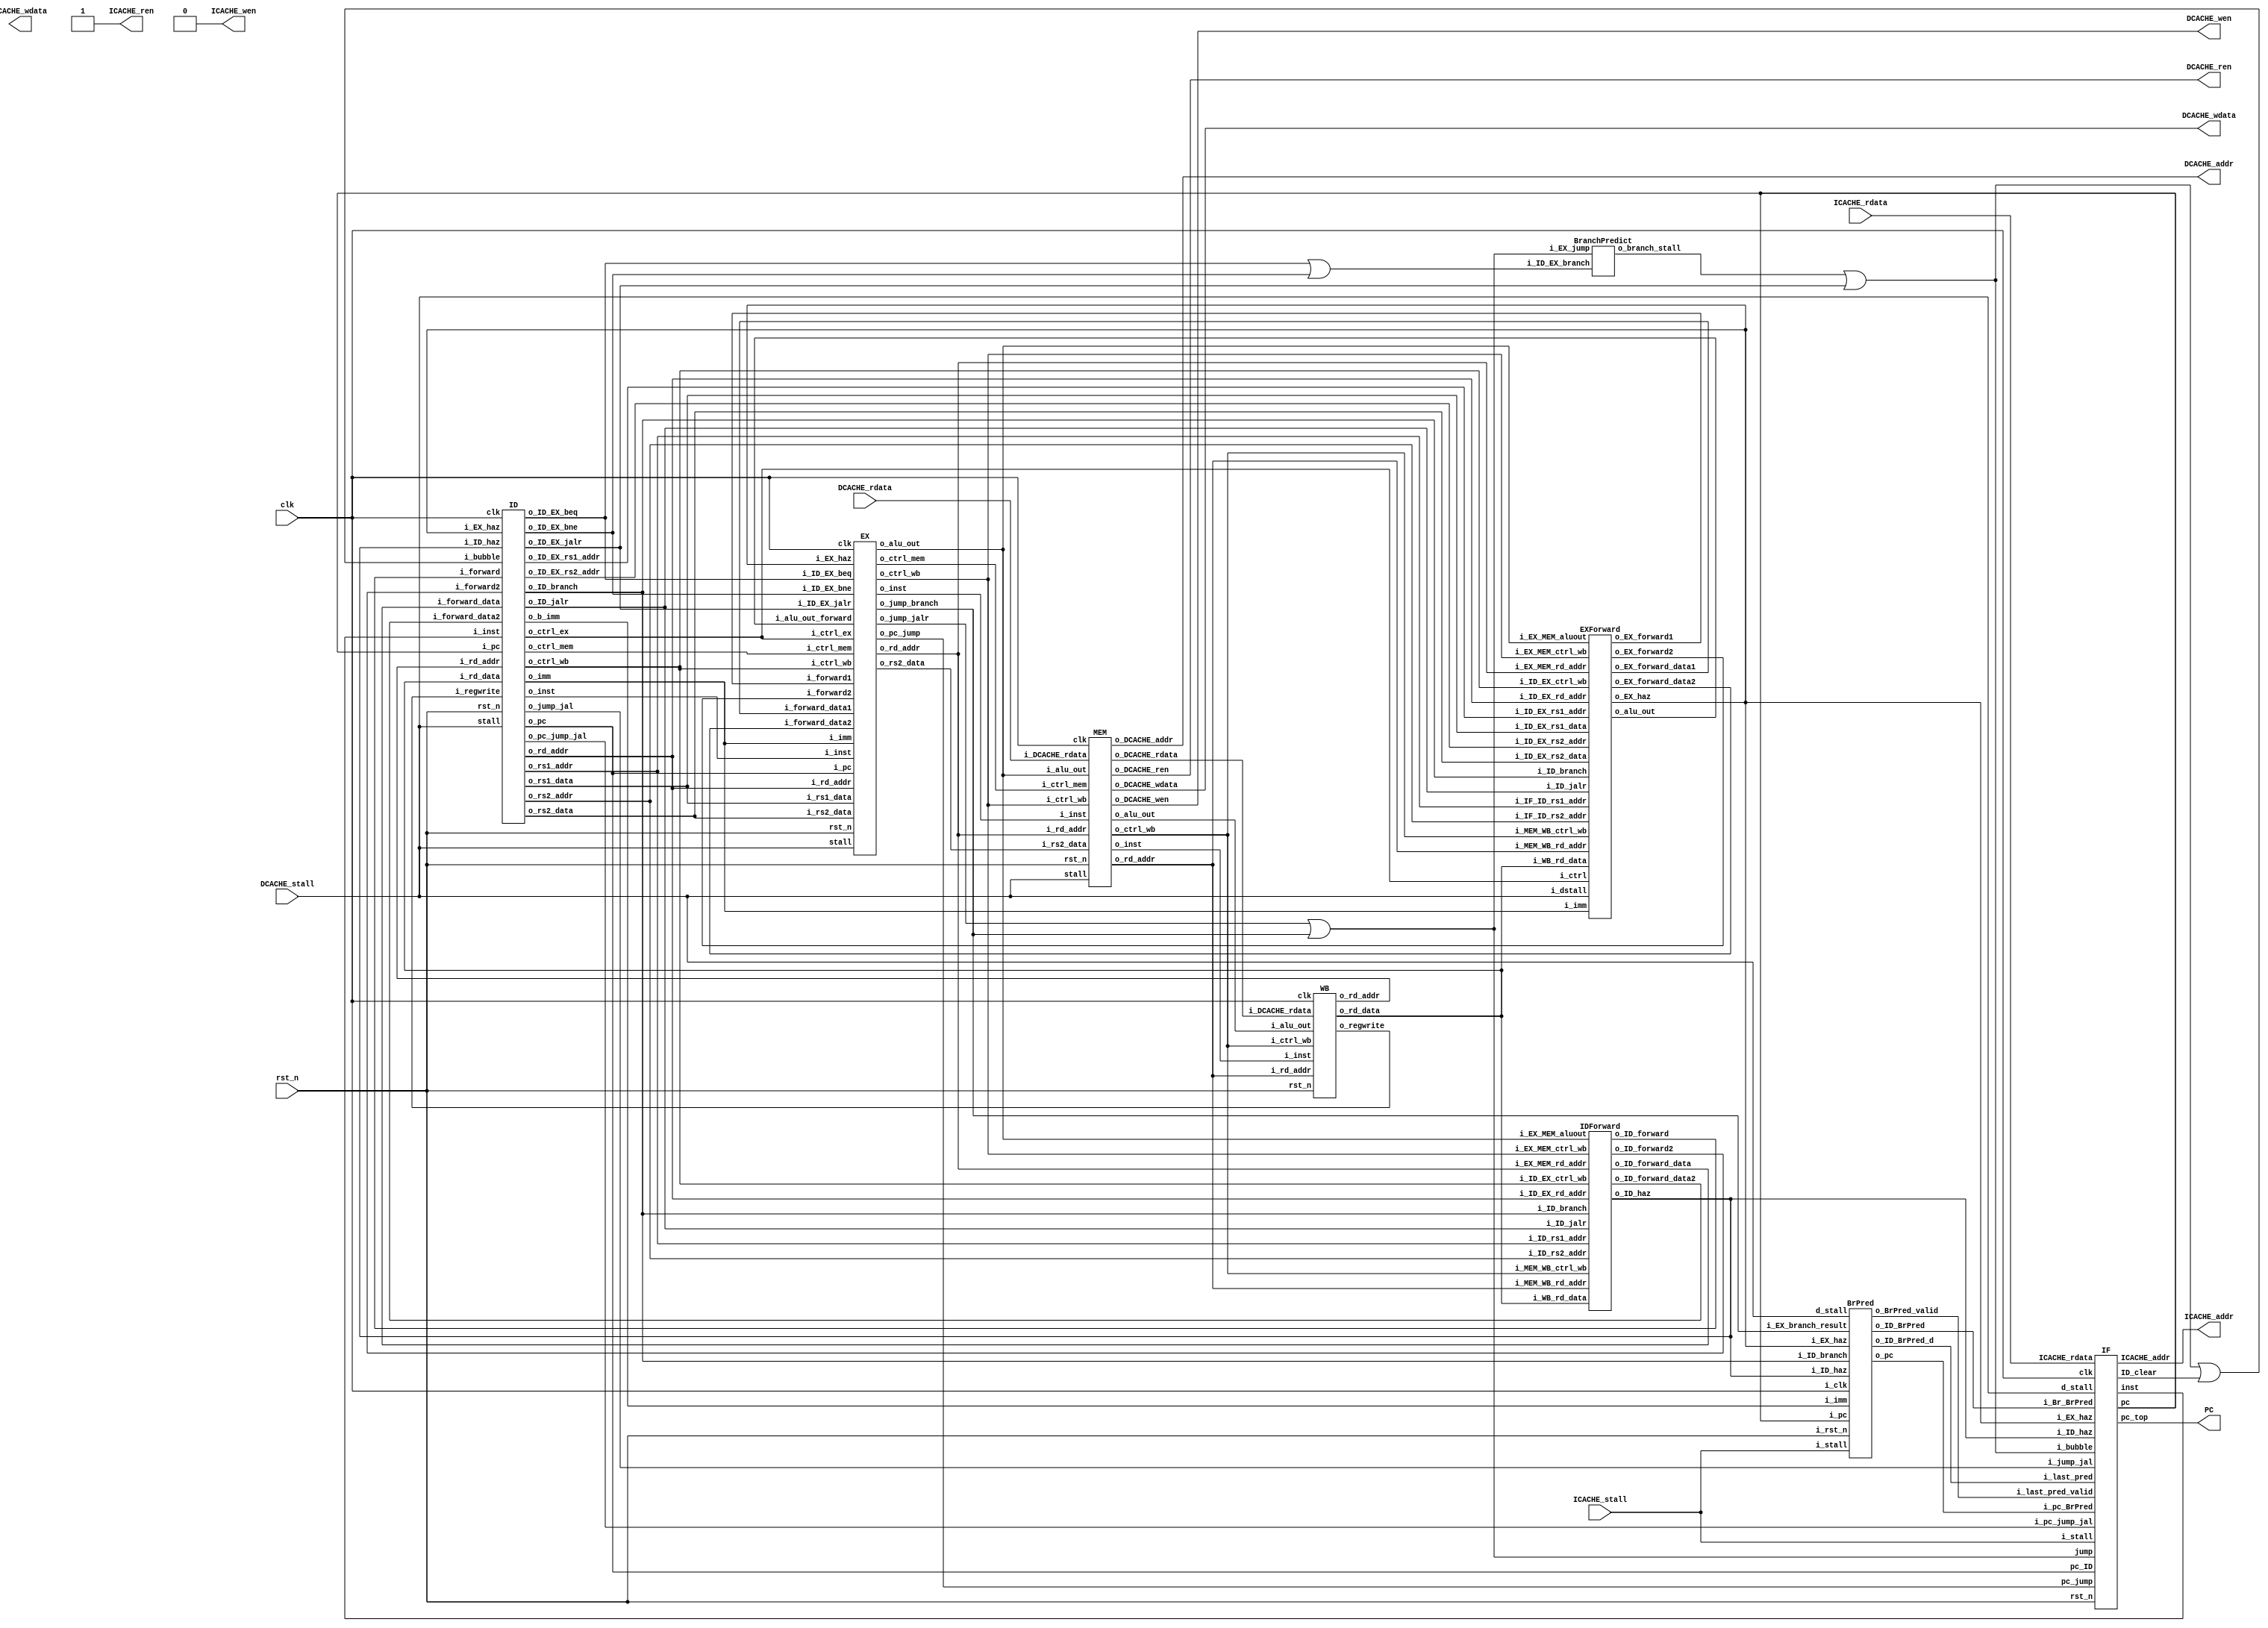
module RISCV_Pipeline (
		// control interface
		clk            ,
		rst_n          ,
//---------I cache interface-------		
		ICACHE_ren     ,
		ICACHE_wen     ,
		ICACHE_addr    ,
		ICACHE_wdata   ,
		ICACHE_stall   ,
		ICACHE_rdata   ,
//---------D cache interface-------
		DCACHE_ren     ,
		DCACHE_wen     ,
		DCACHE_addr    ,
		DCACHE_wdata   ,
		DCACHE_stall   ,
		DCACHE_rdata   ,
        PC
);

input         clk, rst_n ;
// for mem_D
output        DCACHE_wen  ;  // mem_wen_D is high, CHIP writes data to D-mem
output        DCACHE_ren  ;
input         DCACHE_stall;
output [29:0] DCACHE_addr ;  // the specific address to fetch/store data 
output [31:0] DCACHE_wdata;  // data writing to D-mem 
input  [31:0] DCACHE_rdata;  // data reading from D-mem
// for mem_I
output        ICACHE_wen  ;
output        ICACHE_ren  ;
input         ICACHE_stall;
output [29:0] ICACHE_addr ;
output [31:0] ICACHE_wdata;
input  [31:0] ICACHE_rdata;
output [31:0] PC;

assign ICACHE_ren = 1;
assign ICACHE_wen = 0;

//---------module instantiation and module wire definition-------
wire [31:0] pc_IF_ID,inst_IF_ID;
wire [31:0] pc_jump;
wire haz_ID;
//assign haz_ID = 0;
wire EX_haz;
wire branch_stall;
wire IDIF_bubble;
wire [31:0] pc_jump_jal;
wire jump_jal;
wire jump ;
//wire ID_EX_bubble;

// for branch predictor
// IF
// wire BrPred_Br_to_IF;
// wire [31:0] BrPred_pc_to_IF;
// ID, IF
wire [31:0] BrPred_b_imm, BrPred_pc;
// wire BrPred_isBranch;
wire BrPred_prediction;
// Back to IF
wire BrPred_last_pred_valid;
wire BrPred_last_pred;
// back to ID
wire BrPred_ID_bubble;

wire [31:0] pc_ID_EX; // 

// ID to Ex continue to work
// on if predict right & no branch

IF instfetch(
    .clk(clk),
    .rst_n(rst_n),
    .pc_jump(pc_jump), // for branch & jalr
    .ICACHE_addr(ICACHE_addr),
    .pc(pc_IF_ID),
    .inst(inst_IF_ID),
    .jump(jump),
    .ICACHE_rdata(ICACHE_rdata),
    .i_stall(ICACHE_stall),
    .d_stall(DCACHE_stall),
    .i_ID_haz(haz_ID),
    .i_EX_haz(EX_haz),
    .pc_top(PC),
    .i_bubble(IDIF_bubble),
    .i_pc_jump_jal(pc_jump_jal),
    .i_jump_jal(jump_jal),

    // .o_branch(BrPred_branch_from_IF),
    .i_pc_BrPred(BrPred_pc),
    .i_Br_BrPred(BrPred_prediction),
    .i_last_pred_valid(BrPred_last_pred_valid),
    .i_last_pred(BrPred_last_pred),
    // .i_pred_result(jump_branch),
    .pc_ID(pc_ID_EX),
    // .pc_ID(pc_IF_ID),
    .ID_clear(BrPred_ID_bubble)

);

// wire [31:0] pc_ID_EX; // move to front
wire [31:0] imm_ID_EX;
wire [31:0] rs1_ID_EX,rs2_ID_EX;
wire [4:0] rd_addr_WB_ID;
wire [31:0] rd_data_WB_ID;
wire [4:0] rd_ID_EX;
wire [1:0] ctrl_wb_EX_MEM,ctrl_wb_ID_EX,ctrl_wb_MEM_WB;
wire [1:0] ctrl_mem_EX_MEM,ctrl_mem_ID_EX;
wire [5:0] ctrl_ex_ID_EX;
wire [4:0] rs1_addr_ID,rs2_addr_ID;
wire [31:0] forward_data_ID,forward_data_ID2;
wire forward_ID,forward_ID2;
wire ID_jalr,ID_branch;
wire [4:0] ID_EX_rs1_addr,ID_EX_rs2_addr;
wire [31:0] inst_ID_EX,inst_EX_MEM,inst_MEM_WB;

wire ID_EX_branch; 
BranchPredict branchpre(
    .i_ID_EX_branch(ID_EX_branch),
    .i_EX_jump(jump),
    .o_branch_stall(branch_stall)
);

wire ID_EX_jalr;

ID instdec(
    .clk(clk),
    .rst_n(rst_n),
    .i_inst(inst_IF_ID),
    .i_pc(pc_IF_ID),
    .o_pc(pc_ID_EX),
    .o_imm(imm_ID_EX),
    .o_rs1_data(rs1_ID_EX),
    .o_rs2_data(rs2_ID_EX),
    .i_rd_addr(rd_addr_WB_ID),
    .i_rd_data(rd_data_WB_ID),
    .o_rd_addr(rd_ID_EX),
    .o_ctrl_wb(ctrl_wb_ID_EX),
    .o_ctrl_mem(ctrl_mem_ID_EX),
    .o_ctrl_ex(ctrl_ex_ID_EX),
    .i_regwrite(regwrite_WB_ID),
    //.o_jump(jump),
    //.o_pc_jump(pc_jump),
    .stall(DCACHE_stall),
    .o_rs1_addr(rs1_addr_ID),
    .o_rs2_addr(rs2_addr_ID),
    .i_ID_haz(haz_ID),
    .i_forward(forward_ID),
    .i_forward_data(forward_data_ID),
    .i_forward2(forward_ID2),
    .i_forward_data2(forward_data_ID2),
    .o_ID_jalr(ID_jalr),
    .o_ID_EX_rs1_addr(ID_EX_rs1_addr),
    .o_ID_EX_rs2_addr(ID_EX_rs2_addr),
    .i_EX_haz(EX_haz),
    .o_inst(inst_ID_EX),//debug
    .o_ID_branch(ID_branch),
    .i_bubble(IDIF_bubble||BrPred_ID_bubble),
    .o_ID_EX_beq(ID_EX_beq),
    .o_ID_EX_bne(ID_EX_bne),
    .o_ID_EX_jalr(ID_EX_jalr),
    .o_jump_jal(jump_jal),
    .o_pc_jump_jal(pc_jump_jal),
    //.o_ID_EX_bubble(ID_EX_bubble)

    .o_b_imm(BrPred_b_imm)
);

wire [4:0] rd_EX_MEM;
wire [31:0] alu_EX_MEM;
wire [31:0] rs2_EX_MEM;
wire EX_stall;
wire EX_forward1,EX_forward2;
wire [31:0] EX_forward_data1,EX_forward_data2;
wire [31:0] alu_out_forward;

EX exe(
    .clk(clk),
    .rst_n(rst_n),
    //from ID
    .i_pc(pc_ID_EX),
    .i_imm(imm_ID_EX),
    .i_rs1_data(rs1_ID_EX),
    .i_rs2_data(rs2_ID_EX),
    .i_rd_addr(rd_ID_EX),
    .i_ctrl_wb(ctrl_wb_ID_EX),
    .i_ctrl_mem(ctrl_mem_ID_EX),
    .i_ctrl_ex(ctrl_ex_ID_EX),
    //to MEM
    .o_ctrl_mem(ctrl_mem_EX_MEM),
    .o_ctrl_wb(ctrl_wb_EX_MEM),
    .o_rd_addr(rd_EX_MEM),
    .o_alu_out(alu_EX_MEM),
    .o_rs2_data(rs2_EX_MEM),
    .stall(DCACHE_stall),
    //from EXforward
    .i_forward_data1(EX_forward_data1),
    .i_forward_data2(EX_forward_data2),
    .i_forward1(EX_forward1),
    .i_forward2(EX_forward2),
    .i_EX_haz(EX_haz),
    .i_inst(inst_ID_EX),
    .o_inst(inst_EX_MEM),
    .i_ID_EX_beq(ID_EX_beq),
    .i_ID_EX_bne(ID_EX_bne),
    .i_ID_EX_jalr(ID_EX_jalr),
    .o_pc_jump(pc_jump),
    .o_jump_jalr(jump_jalr),
    .o_jump_branch(jump_branch),
    .i_alu_out_forward(alu_out_forward)
    //.i_ID_EX_bubble(ID_EX_bubble)
);
assign jump = (jump_jalr || jump_branch);

assign IDIF_bubble = (branch_stall || ID_EX_jalr);
assign ID_EX_branch = (ID_EX_beq || ID_EX_bne);
wire [4:0] rd_MEM_WB;
wire [31:0] alu_MEM_WB;
wire [31:0] mem_MEM_WB;
wire MEM_stall;
MEM mem0(
    .clk(clk),
    .rst_n(rst_n),
    //from EX
    .i_ctrl_mem(ctrl_mem_EX_MEM),
    .i_ctrl_wb(ctrl_wb_EX_MEM),
    .i_rd_addr(rd_EX_MEM),
    .i_alu_out(alu_EX_MEM),
    .i_rs2_data(rs2_EX_MEM),
    //to WB
    .o_ctrl_wb(ctrl_wb_MEM_WB),
    .o_rd_addr(rd_MEM_WB),
    .o_alu_out(alu_MEM_WB),
    .o_DCACHE_rdata(mem_MEM_WB),
    //D cache
    .o_DCACHE_wen(DCACHE_wen),
    .o_DCACHE_addr(DCACHE_addr),
    .o_DCACHE_wdata(DCACHE_wdata),
    .i_DCACHE_rdata(DCACHE_rdata),
    .o_DCACHE_ren(DCACHE_ren),
    .stall(DCACHE_stall),
    .i_inst(inst_EX_MEM),
    .o_inst(inst_MEM_WB)
);

WB writeback(
    .clk(clk),
    .rst_n(rst_n),
    //from MEM
    .i_ctrl_wb(ctrl_wb_MEM_WB),
    .i_rd_addr(rd_MEM_WB),
    .i_alu_out(alu_MEM_WB),
    .i_DCACHE_rdata(mem_MEM_WB),
    //to ID
    .o_regwrite(regwrite_WB_ID),
    .o_rd_addr(rd_addr_WB_ID),
    .o_rd_data(rd_data_WB_ID),
    .i_inst(inst_MEM_WB)
);

IDForward idforwd(
    .i_ID_EX_rd_addr(rd_ID_EX),
    .i_ID_EX_ctrl_wb(ctrl_wb_ID_EX),//{memtoreg,regwrite}
    .i_EX_MEM_aluout(alu_EX_MEM),
    .i_EX_MEM_rd_addr(rd_EX_MEM),
    .i_MEM_WB_rd_addr(rd_MEM_WB),
    .i_EX_MEM_ctrl_wb(ctrl_wb_EX_MEM),
    .i_MEM_WB_ctrl_wb(ctrl_wb_MEM_WB),
    .i_WB_rd_data(rd_data_WB_ID),
    .i_ID_rs1_addr(rs1_addr_ID),
    .i_ID_rs2_addr(rs2_addr_ID),
    .o_ID_forward_data(forward_data_ID), //use this data as rs1 if o_ID_forward = 1
    .o_ID_forward(forward_ID),
    .o_ID_forward2(forward_ID2),
    .o_ID_forward_data2(forward_data_ID2),
    .i_ID_jalr(ID_jalr),
    .i_ID_branch(ID_branch),
    .o_ID_haz(haz_ID)  // need to repeat in IF.ID, and add bubble to EX 
);

EXForward exforwd(
    .i_ID_EX_rs1_addr(ID_EX_rs1_addr),
    .i_ID_EX_rs2_addr(ID_EX_rs2_addr),
    .i_EX_MEM_rd_addr(rd_EX_MEM),
    .i_MEM_WB_rd_addr(rd_MEM_WB),
    .i_EX_MEM_ctrl_wb(ctrl_wb_EX_MEM),//{memtoreg,regwrite}
    .i_MEM_WB_ctrl_wb(ctrl_wb_MEM_WB),
    .i_EX_MEM_aluout(alu_EX_MEM),
    .i_WB_rd_data(rd_data_WB_ID),
    .o_EX_forward1(EX_forward1),
    .o_EX_forward2(EX_forward2),
    .o_EX_forward_data1(EX_forward_data1),
    .o_EX_forward_data2(EX_forward_data2),
    .o_EX_haz(EX_haz),
    .i_ID_EX_ctrl_wb(ctrl_wb_ID_EX),
    .i_ID_jalr(ID_jalr),
    .i_ID_branch(ID_branch),
    .i_ID_EX_rd_addr(rd_ID_EX),
    .i_IF_ID_rs1_addr(rs1_addr_ID),
    .i_IF_ID_rs2_addr(rs2_addr_ID),
    .i_dstall(DCACHE_stall),
    .i_ID_EX_rs1_data(rs1_ID_EX),
    .i_ID_EX_rs2_data(rs2_ID_EX),
    .i_ctrl(ctrl_ex_ID_EX),
    .i_imm(imm_ID_EX),
    .o_alu_out(alu_out_forward)
);

    BrPred brpred0(
        .i_clk(clk),
        .i_rst_n(rst_n),
        .i_stall(ICACHE_stall),
        .d_stall(DCACHE_stall),
        .i_ID_haz(haz_ID),
        .i_EX_haz(EX_haz),

        // .i_ID_inst_opcode(inst_IF_ID[6:0]),
        .i_ID_branch(ID_branch),
        .i_pc(pc_IF_ID),
        .i_imm(BrPred_b_imm),
        .o_pc(BrPred_pc),
        .o_ID_BrPred(BrPred_prediction),

        .i_EX_branch_result(jump_branch),
        .o_BrPred_valid(BrPred_last_pred_valid),
        .o_ID_BrPred_d(BrPred_last_pred)
    );
    
endmodule



module IF (
    clk,rst_n,pc_jump,ICACHE_addr,pc,inst,jump,ICACHE_rdata,i_stall,d_stall,
    i_ID_haz,i_EX_haz,pc_top,i_bubble,i_jump_jal,i_pc_jump_jal,
    
   /*  o_branch, */ i_pc_BrPred, i_Br_BrPred, 
    i_last_pred_valid, i_last_pred, /* i_pred_result, */
    pc_ID, ID_clear
);

input i_ID_haz;
input clk,rst_n;
input jump; //jump = 1 --> pc_w = pc_jump, from EX, jalr or branch
input [31:0] pc_jump; // jump location
output [29:0] ICACHE_addr;
output [31:0] pc; // pc : pc pass to next stage
input [31:0] ICACHE_rdata; //inst read from ICACHE
output [31:0] inst; // inst pass to next stage
input i_stall,d_stall;
input i_EX_haz;
output [31:0] pc_top;
input i_bubble;
input i_jump_jal;
input [31:0] i_pc_jump_jal;

// BrPred
// output o_branch; // no use
// assign o_branch = branch; // no use

input i_Br_BrPred;
input [31:0] i_pc_BrPred;
input i_last_pred_valid;
input i_last_pred;
// input i_pred_result; // replaced with jump (because ignore jalr)
reg bubble;
input [31:0] pc_ID;
output reg ID_clear;

// debug
integer pred_count_right, pred_count_wrong;
// integer counter;
// reg plus, zero;
initial begin
    pred_count_right = 0;
    pred_count_wrong = 0;
    // counter = 0;
end
// always @(posedge clk) begin
//     if (plus) begin
//         counter = counter + 1;
//     end
//     else if (zero) begin
//         counter = 0;
//     end
// end

//---------reg and wire definition-------
reg [31:0] inst_w,inst_r;
reg [31:0] pc_w,pc_r,pc_nxtstage;

//reg bubble;
//reg bubble_before;
reg jalr_before,jalr_2cycle;
reg jal_before;
//reg haz_before;

wire [6:0] opcode = inst_w[6:0];
wire [31:0] j_imm = {{12{inst_w[31]}},inst_w[19:12],inst_w[20],inst_w[30:25],inst_w[24:21],1'b0};
wire jal = (opcode ==  7'b1101111);
wire jalr = (opcode == 7'b1100111);
wire branch = (opcode == 7'b1100011);
//---------output assignment-------
assign inst = inst_r;
assign pc = pc_nxtstage;
assign ICACHE_addr = pc_r[31:2];
assign pc_top = pc_r;

//---------combinational circuit-------
wire [31:0] pc_notjump/* ,pc_plus */;
assign pc_notjump = pc_r + 4;
//pc_w
always @(*) begin
    bubble = 0;
    ID_clear = 0;

    // plus = 0;
    // zero = 0;
    
    if (i_last_pred_valid) begin // a prediction took place
        if (i_last_pred != jump) begin // wrong prediction
            pred_count_wrong = pred_count_wrong + 1;
            bubble = 1; // clear this inst;
            if (i_last_pred) begin // should not branch but branched
                pc_w = pc_ID + 4;
                // clear this inst;
            end
            else begin // should branch but haven't branched
                ID_clear = 1; // send signal to clear ID inst
                pc_w = pc_jump; // branch
                // clear this inst;
            end
        end
        else begin // right prediction
            pred_count_right = pred_count_right + 1;
            // if (jump) // jalr @ EX : impossible
            //     pc_w = pc_jump;
            /* else  */if (i_jump_jal) // jal @ ID
                pc_w = i_pc_jump_jal;
            // BrPres
            else if (i_Br_BrPred) begin // branch @ ID
                pc_w = i_pc_BrPred;
            end
            // ------
            else if(jalr_before || jalr || jal)begin // jalr @ ID or IF, jal @ IF
                pc_w = pc_r;
            end
            else begin
                pc_w = pc_notjump;
            end   
        end
    end
    else begin
        if (jump) // jalr @ EX
            pc_w = pc_jump;
        else if (i_jump_jal) // jal @ ID
            pc_w = i_pc_jump_jal;
        // BrPred
        else if (i_Br_BrPred) begin // branch @ ID
            pc_w = i_pc_BrPred;
        end
        // ------

        // else if (ICACHE_rdata[30:24] == 7'b1100011) begin // branch @ IF
        //     if (counter < 2) begin
        //         pc_w = pc_r;
        //         plus = 1;
        //     end
        //     else begin
        //         pc_w = pc_notjump;
        //         zero = 1;
        //     end
        //     // bubble = 1;
        // end
        
        else if(jalr_before || jalr || jal)begin // jalr @ ID or IF, jal @ IF
            pc_w = pc_r;
        end
        else begin
            pc_w = pc_notjump;
        end
    end

    // if (jump) 
    //     pc_w = pc_jump;
    // else if (i_jump_jal)
    //     pc_w = i_pc_jump_jal;
    // // BrPres
    // else if (i_Br_BrPred) begin
    //     pc_w = i_pc_BrPred;
    // end
    // // ------
    // else if(jalr_before || jalr || jal)begin
    //     pc_w = pc_r;
    // end
    // else begin
    //     pc_w = pc_notjump;
    // end
end
//inst_w
always @(*) begin
    //if (bubble || i_stall || (bubble_before && haz_before)) 
    if (i_stall || i_bubble || jal_before || bubble) 
        inst_w = 32'h13; //NOP
    else
        inst_w = {ICACHE_rdata[7:0],ICACHE_rdata[15:8],ICACHE_rdata[23:16],ICACHE_rdata[31:24]};
end
localparam NOP = 32'h13;
wire [31:0] ICACHE_rdata_modify = {ICACHE_rdata[7:0],ICACHE_rdata[15:8],ICACHE_rdata[23:16],ICACHE_rdata[31:24]};

//---------sequential circuit-------

reg jalr_before_w,jalr_2cycle_w,jal_before_w;
always @(*) begin
    if (i_ID_haz || i_EX_haz) begin
        jalr_before_w = jalr_before;
        jalr_2cycle_w = jalr_2cycle;
        jal_before_w = jal_before;
    end
    else begin
        jalr_before_w = jalr;
        jalr_2cycle_w = jalr_before;
        jal_before_w = jal;
    end
end

always @(posedge clk or negedge rst_n) begin
    if (!rst_n)begin
        jalr_before <= 0;
        jalr_2cycle <=0;
        jal_before <= 0;
    end
    else begin
        jalr_before <= jalr_before_w;
        jalr_2cycle <= jalr_2cycle_w;
        jal_before <= jal_before_w;
    end
end

reg [31:0] pc_w_verified;
reg [31:0] inst_w_verified;
reg [31:0] pc_nxtstage_w;

always @(*) begin
    if (i_ID_haz || i_EX_haz)begin
        inst_w_verified = inst_r;
        pc_w_verified = pc_r;
        pc_nxtstage_w = pc_nxtstage;
    end

    else if (i_stall || jalr)begin
        if (jump || i_Br_BrPred)
            pc_w_verified = pc_w;
        else 
            pc_w_verified = pc_r;
        inst_w_verified = inst_w;
        pc_nxtstage_w = pc_r;
    end
    else if (d_stall)begin
        pc_w_verified = pc_r;
        pc_nxtstage_w = pc_nxtstage; 
        inst_w_verified = inst_r;
    end
    else begin
        pc_w_verified = pc_w;
        pc_nxtstage_w = pc_r;
        inst_w_verified = inst_w;
    end
end

always @(posedge clk or negedge rst_n) begin
    if(!rst_n)begin
        pc_r <= 0;
        inst_r <= 0;
        pc_nxtstage <= 0;
    end
    else begin
        pc_r <= pc_w_verified;
        inst_r <= inst_w_verified;
        pc_nxtstage <= pc_nxtstage_w;
    end
end

// always @(posedge clk or negedge rst_n) begin
//     //bubble_before <= bubble;
//     //haz_before <= (i_ID_haz||i_EX_haz);
//     if (!rst_n) begin
//         pc_r <= 0;
//     end
//     else begin
//         if (i_ID_haz || i_EX_haz)begin
//             inst_r <= inst_r;
//             pc_r <= pc_r;
//             pc_nxtstage <= pc_nxtstage;
//         end

//         else if (i_stall || jalr)begin
//             if (jump)
//                 pc_r <= pc_w;
//             else 
//                 pc_r <= pc_r;
//             inst_r <= inst_w;
//             pc_nxtstage <= pc_r;
//         end
//         else if (d_stall)begin
//             pc_r <= pc_r;
//             inst_r <= inst_r;
//             pc_nxtstage <= pc_nxtstage; 
//         end
//         else begin
//             pc_r <= pc_w;
//             pc_nxtstage <= pc_r;
//             inst_r <= inst_w;
//         end
//     end
// end

endmodule

module BrPred (
    //  IF  branch
    //  ID 
    input i_clk,
    input i_rst_n,
    input i_stall,
    input d_stall,
    input i_ID_haz,
    input i_EX_haz,
    
    // input [6:0] i_ID_inst_opcode, 
        // @ IF? ID?
        // ID 
    input i_ID_branch,
    input [31:0] i_pc,
    input [31:0] i_imm,
    output reg [31:0] o_pc,

    input i_EX_branch_result,
    output reg o_ID_BrPred,
    output o_ID_BrPred_d,
    output o_BrPred_valid

);
    localparam opcode_branch = 7'b1100011;
    reg [1:0] state_w, state_r; 
    localparam S_NO_STRONG = 0;
    localparam S_NO_WEAK = 1;
    localparam S_BR_WEAK = 2;
    localparam S_BR_STRONG = 3;

    reg update_enable_w, update_enable_r;
    assign o_BrPred_valid = update_enable_r;

    reg ID_BrPred_d_w, ID_BrPred_d_r;
    assign o_ID_BrPred_d = ID_BrPred_d_r;
    
    // prediction
    always @(*) begin
        o_ID_BrPred = 0;
        ID_BrPred_d_w = 0;

        o_pc = i_pc + i_imm;
        update_enable_w = 0;

        // if (i_stall || jalr)begin
            // IF 
            // IF stall inst & PC 
                //  branch
        // end        
        /* else */ 
        // if (d_stall || i_ID_haz || i_EX_haz) begin
        //     ID_BrPred_d_w = ID_BrPred_d_r;
        //     update_enable_w = update_enable_r;
        // end

        /* else */ if (i_ID_branch /* i_ID_inst_opcode == opcode_branch */) begin
            if ((state_r <= S_NO_WEAK)) begin
                o_ID_BrPred = 0;
                ID_BrPred_d_w = 0;
            end
            else begin
                o_ID_BrPred = 1;
                ID_BrPred_d_w = 1;
            end

            update_enable_w = 1;
        end
    end

    // update
    always @(*) begin
        state_w = state_r;

        // if (d_stall || i_ID_haz || i_EX_haz) begin
        //     state_w = state_r;
        // end

        if (update_enable_r) begin
            if ((state_r != S_BR_STRONG) && i_EX_branch_result)  begin
                state_w = state_r + 1;
            end
            else if ((state_r != S_NO_STRONG) && ~i_EX_branch_result) begin
                state_w = state_r - 1;
            end
        end
    end

    
    always @(posedge i_clk) begin
        if (!i_rst_n)begin
            state_r <= S_BR_WEAK; // guess
            update_enable_r <= 0;
            ID_BrPred_d_r <= 0;
        end
        else begin
            
            state_r <= state_w;
            update_enable_r <= update_enable_w;
            ID_BrPred_d_r <= ID_BrPred_d_w;
        end
        
    end
    
endmodule

module ID (
    clk,
    rst_n,
    //from ID
    i_inst,
    i_pc,
    //to EX
    o_pc,
    o_imm,
    o_rs1_data,
    o_rs2_data,
    //from WB
    i_rd_addr,
    i_rd_data,
    //to EX
    o_rd_addr,
    o_ctrl_wb,
    o_ctrl_mem,
    o_ctrl_ex,
    //from WB ctrl
    i_regwrite,
    //to IF stage
    o_jump,
    o_pc_jump,
    //stall
    stall,
    // to jalrforward
    o_rs1_addr,
    o_rs2_addr,
    o_ID_jalr,
    o_ID_branch,
    //from jalrforward
    i_ID_haz,
    i_forward,
    i_forward_data,
    i_forward2,
    i_forward_data2,
    //to EXforward
    o_ID_EX_rs1_addr,
    o_ID_EX_rs2_addr,
    //from EXforward
    i_EX_haz,
    o_inst,
    o_ID_EX_beq,
    o_ID_EX_bne,
    o_ID_EX_jalr,
    i_bubble,
    o_jump_jal,
    o_pc_jump_jal,
    //o_ID_EX_bubble

    o_b_imm
);
input clk;
input rst_n;
input [31:0] i_inst;
input [31:0] i_pc;
output reg [31:0] o_pc;
output reg [31:0] o_imm;
output reg [31:0] o_rs1_data,o_rs2_data;
input [4:0] i_rd_addr;
input [31:0] i_rd_data;
output reg [4:0] o_rd_addr;
output reg [1:0] o_ctrl_wb; //{memtoreg,regwrite} for next state
output reg [1:0] o_ctrl_mem; //{memwrite} for next state
output reg [5:0] o_ctrl_ex; //{alupc,aluctrl[3:0],alusrc} for next state
input i_regwrite; // i_regwrite = 1 when need to write back
output reg o_jump; //=1 when pc_nxt = pc_jump
output [31:0] o_pc_jump;
input stall;
output [4:0] o_rs1_addr,o_rs2_addr;
input i_forward,i_forward2;
input [31:0] i_forward_data,i_forward_data2;
input i_ID_haz;
output  o_ID_jalr;
output reg [4:0] o_ID_EX_rs1_addr,o_ID_EX_rs2_addr;
input i_EX_haz;
output reg [31:0] o_inst;
output  o_ID_branch;
output reg o_ID_EX_beq,o_ID_EX_bne;
output reg o_ID_EX_jalr;
input i_bubble;
output reg o_jump_jal;
output reg [31:0] o_pc_jump_jal;
//output reg o_ID_EX_bubble;

output [31:0] o_b_imm;
//---------reg and wire definition-------


reg jal;      // this stage //not used now
reg jalr;     // this stage
reg branch;   // this stage
reg memtoreg; // wb stage
reg memwrite; // mem stage
reg memread;  // mem stage
reg alusrc;   // ex stage
reg alupc;    // ex stage, alupc = 1 when jal or jalr(write pc+4 to reg)
reg regwrite; // wb stage
reg rs_equal; // this stage
reg [3:0] aluctrl; //ex stage

wire [31:0] i_imm,s_imm,b_imm,j_imm;
reg [31:0] imm_w;
wire [6:0] opcode ;
wire [2:0] funct3;
wire [4:0] rd_addr;
wire [4:0] rs1,rs2; 
wire bubble = (i_ID_haz || i_EX_haz || i_bubble);
wire [1:0] ctrl_wb_w = (i_ID_haz || i_EX_haz || i_bubble)? 0 : {memtoreg,regwrite};
wire [1:0] ctrl_mem_w = (i_ID_haz || i_EX_haz || i_bubble)? 0 : {memread,memwrite};
wire [5:0] ctrl_ex_w = (i_ID_haz || i_EX_haz || i_bubble)? 0 : {alupc,aluctrl,alusrc};
wire [31:0] rs1_data,rs2_data;

reg [31:0] rs1_data_revised,rs2_data_revised;

reg_file reg0(
                .clk  (clk) , 
                .rst_n(rst_n) , 
                .wen  (i_regwrite) , 
                .a1   (rs1) , 
                .a2   (rs2) , 
                .aw   (i_rd_addr) , 
                .d    (i_rd_data) , 
                .q1   (rs1_data) , 
                .q2   (rs2_data) );

assign i_imm = {{21{i_inst[31]}},i_inst[30:25],i_inst[24:21],i_inst[20]};
assign s_imm = {{21{i_inst[31]}},i_inst[30:25],i_inst[11:8],i_inst[7]};
assign b_imm = {{20{i_inst[31]}},i_inst[7],i_inst[30:25],i_inst[11:8],1'b0};
assign j_imm = {{12{i_inst[31]}},i_inst[19:12],i_inst[20],i_inst[30:25],i_inst[24:21],1'b0};
//==========
assign o_b_imm = b_imm;
//==========

assign opcode = i_inst[6:0];
assign funct3 = i_inst[14:12];
assign rd_addr = i_inst[11:7];
assign rs1 = i_inst[19:15];
assign rs2 = i_inst[24:20];
assign o_rs1_addr = rs1;
assign o_rs2_addr = rs2;
assign o_ID_jalr = jalr;
assign o_ID_branch = branch;
//aluctrl param
localparam ALU_ADD = 4'b0000;
localparam ALU_SUB = 4'b0001;
localparam ALU_AND = 4'b0010;
localparam ALU_OR =  4'b0011;
localparam ALU_SLT = 4'b0100;
localparam ALU_XOR = 4'b0101;
localparam ALU_SLL = 4'b0110;
localparam ALU_SRA = 4'b0111;
localparam ALU_SRL = 4'b1000;

always @(*) begin
    if(i_forward)
        rs1_data_revised = i_forward_data;
    else if (i_rd_addr && i_rd_addr == rs1 && i_regwrite)
        rs1_data_revised = i_rd_data;
    else 
        rs1_data_revised = rs1_data;
end
always @(*) begin
    if(i_forward2)
        rs2_data_revised = i_forward_data2;
    else if (i_rd_addr && i_rd_addr == rs2 && i_regwrite)
        rs2_data_revised = i_rd_data;
    else
        rs2_data_revised = rs2_data;
end

//ctrl and imm
always @(*) begin
    jal = 0;
    jalr = 0;
    branch = 0;
    memtoreg = 0;
    memwrite = 0;
    alusrc = 0;
    regwrite = 0;
    memread = 0;
    alupc = 0;
    case (opcode)
        7'b0110011:begin//arith
            imm_w = i_imm;//dont care
            regwrite = 1;
        end 
        7'b0010011:begin //arith,i type
            imm_w = i_imm;
            alusrc = 1;
            regwrite = 1;
        end
        7'b0000011:begin//load
            imm_w = i_imm;
            alusrc = 1;
            memtoreg = 1;
            regwrite = 1;
            memread = 1;
        end
        7'b0100011:begin//store
            imm_w = s_imm;
            alusrc = 1;
            memwrite = 1;
        end
        7'b1100011:begin//branch
            imm_w = b_imm;
            branch = 1;
            alusrc = 1;
        end
        7'b1100111:begin//jalr
            imm_w = i_imm;
            jalr = 1;
            regwrite = 1;
            alupc = 1;
        end
        7'b1101111:begin//jal
            imm_w = j_imm;
            jal = 1;
            regwrite = 1;
            alupc = 1;
        end
        default: begin
            imm_w = 0;
        end
    endcase
end
always @(*) begin
    o_jump_jal = jal;
    o_pc_jump_jal = i_pc + imm_w;
end

//aluctrl
always @(*) begin
    case (opcode)
        7'b0000011:aluctrl = ALU_ADD; // load
        7'b0100011:aluctrl = ALU_ADD; // store
        7'b1100111:aluctrl = ALU_ADD; //jalr
        7'b1101111:aluctrl = ALU_ADD; //jal,dont care
        //7'b1100011:aluctrl = ALU_SUB; // branch,actually dont care
        default: begin //arith
            case (funct3)
                3'b000: aluctrl = (i_inst[30] && opcode[5])? ALU_SUB:ALU_ADD;
                3'b001: aluctrl = ALU_SLL;
                3'b010: aluctrl = ALU_SLT;
                3'b100: aluctrl = ALU_XOR;
                3'b101: aluctrl = (i_inst[30])? ALU_SRA : ALU_SRL;
                3'b110: aluctrl = ALU_OR;
                3'b111: aluctrl = ALU_AND;
                default: aluctrl = 0;
            endcase
        end
    endcase
end

reg [31:0] sum_pc_a;
//o_pc_jump
always @(*) begin
    if(jalr)begin
        sum_pc_a = rs1_data_revised;
    end
    else 
        sum_pc_a = i_pc;
end
assign o_pc_jump = sum_pc_a + imm_w;

//o_jump
always @(*) begin
    rs_equal = (rs1_data_revised == rs2_data_revised);
    o_jump = (jalr || (branch && (funct3[0] ^ rs_equal))  && !i_ID_haz); //funct3[0] : BEQ = 0, BNE = 1
end

reg [31:0] o_pc_w,o_imm_w,o_rs1_data_w,o_rs2_data_w;
reg [4:0] o_rd_addr_w;
reg [5:0] o_ctrl_ex_w;
reg [1:0] o_ctrl_mem_w;
reg [1:0] o_ctrl_wb_w;
reg [31:0] o_inst_w;
reg [4:0] o_ID_EX_rs1_addr_w,o_ID_EX_rs2_addr_w;
reg o_ID_EX_beq_w,o_ID_EX_bne_w;
reg o_ID_EX_jalr_w;
//reg o_ID_EX_bubble_w;

always @(*) begin
    if (stall)begin
        o_ID_EX_beq_w = o_ID_EX_beq;
        o_ID_EX_bne_w = o_ID_EX_bne;
        o_pc_w = o_pc;
        o_imm_w = o_imm;
        o_rs1_data_w = o_rs1_data;
        o_rs2_data_w = o_rs2_data;
        o_rd_addr_w = o_rd_addr;
        o_ctrl_wb_w = o_ctrl_wb;
        o_ctrl_ex_w = o_ctrl_ex;
        o_ctrl_mem_w = o_ctrl_mem;
        o_inst_w = o_inst;
        o_ID_EX_rs1_addr_w = o_ID_EX_rs1_addr;
        o_ID_EX_rs2_addr_w = o_ID_EX_rs2_addr;
        o_ID_EX_jalr_w = o_ID_EX_jalr;
        //o_ID_EX_bubble_w = o_ID_EX_bubble;
    end
    else begin
        o_pc_w = i_pc;
        o_imm_w = imm_w;
        o_rs1_data_w = rs1_data_revised;
        o_rs2_data_w = rs2_data_revised;
        o_rd_addr_w = rd_addr;
        o_ctrl_wb_w = ctrl_wb_w;
        o_ctrl_ex_w = ctrl_ex_w;
        o_ctrl_mem_w = ctrl_mem_w;
        //o_ID_EX_bubble_w = bubble;
        if (i_ID_haz || i_EX_haz || i_bubble) begin
            o_inst_w = 32'h13;
            o_ID_EX_jalr_w = 0;
            o_ID_EX_beq_w = 0;
            o_ID_EX_bne_w = 0;
        end
        else begin
            o_inst_w = i_inst;
            o_ID_EX_beq_w = (branch && !funct3[0]);
            o_ID_EX_bne_w = (branch &&  funct3[0]);
            o_ID_EX_jalr_w = jalr;
        end
        o_ID_EX_rs1_addr_w = rs1;
        o_ID_EX_rs2_addr_w = rs2;
    end
end

always @(posedge clk or negedge rst_n) begin
    if (!rst_n)begin
        o_pc <= 0;
        o_imm <= 0;
        o_rs1_data <= 0;
        o_rs2_data <= 0;
        o_rd_addr <= 0;
        o_ctrl_wb <= 0;
        o_ctrl_ex <= 0;
        o_ctrl_mem <= 0;
        o_inst <= 0;
        o_ID_EX_rs1_addr <= 0;
        o_ID_EX_rs2_addr <= 0;
        o_ID_EX_beq <= 0;
        o_ID_EX_bne <= 0;
        o_ID_EX_jalr <= 0;
        //o_ID_EX_bubble <= 0;
    end
    else begin
        o_pc <= o_pc_w;
        o_imm <= o_imm_w;
        o_rs1_data <= o_rs1_data_w;
        o_rs2_data <= o_rs2_data_w;
        o_rd_addr <= o_rd_addr_w;
        o_ctrl_wb <= o_ctrl_wb_w;
        o_ctrl_ex <= o_ctrl_ex_w;
        o_ctrl_mem <= o_ctrl_mem_w;
        o_inst <= o_inst_w;
        o_ID_EX_rs1_addr <= o_ID_EX_rs1_addr_w;
        o_ID_EX_rs2_addr <= o_ID_EX_rs2_addr_w;
        o_ID_EX_beq <= o_ID_EX_beq_w;
        o_ID_EX_bne <= o_ID_EX_bne_w;
        o_ID_EX_jalr <= o_ID_EX_jalr_w;
        //o_ID_EX_bubble <= o_ID_EX_bubble_w;
    end
end
    
endmodule


module EX (
    clk,
    rst_n,
    //from ID
    i_pc,
    i_imm,
    i_rs1_data,
    i_rs2_data,
    i_rd_addr,
    i_ctrl_wb,
    i_ctrl_mem,
    i_ctrl_ex,
    //to MEM
    o_ctrl_mem,
    o_ctrl_wb,
    o_rd_addr,
    o_alu_out,
    o_rs2_data,
    //stall
    stall,
    //from EXforward
    i_forward1,
    i_forward2,
    i_forward_data1,
    i_forward_data2,
    i_EX_haz,
    i_inst,
    o_inst,
    i_ID_EX_beq,
    i_ID_EX_bne,
    i_ID_EX_jalr,
    o_pc_jump,
    o_jump_jalr,
    o_jump_branch,
    i_alu_out_forward
    //i_ID_EX_bubble
);

input clk,rst_n;
input [31:0] i_pc;
input [31:0] i_imm;
input [31:0] i_rs1_data,i_rs2_data;
input [4:0] i_rd_addr;
input [5:0] i_ctrl_ex;
input [1:0] i_ctrl_mem;
input [1:0] i_ctrl_wb;
input stall;
input i_forward1,i_forward2;
input [31:0] i_forward_data1,i_forward_data2;
input i_EX_haz;
input [31:0] i_inst;
input i_ID_EX_beq,i_ID_EX_bne;
input i_ID_EX_jalr;
input [31:0] i_alu_out_forward;
//input i_ID_EX_bubble;

output reg [1:0] o_ctrl_mem;
output reg [1:0] o_ctrl_wb;
output reg [4:0] o_rd_addr;
output reg [31:0] o_rs2_data;
output reg [31:0] o_alu_out;
output reg [31:0] o_inst;
output reg [31:0] o_pc_jump;
output reg o_jump_jalr,o_jump_branch;

reg [31:0] alu_in2,alu_in1;
reg [31:0] alu_out;
wire alusrc = i_ctrl_ex[0];
wire alupc = i_ctrl_ex[5];
wire [3:0] aluctrl = i_ctrl_ex[4:1];

//ALU alu0(.in1(alu_in1),.in2(alu_in2),.out(alu_out),.ctrl(aluctrl));

reg [31:0] rs2_data_revised,rs1_data_revised;
always @(*) begin
    if(i_forward2)
        rs2_data_revised = i_forward_data2;
    else 
        rs2_data_revised = i_rs2_data;
end
always @(*) begin
    if(i_forward1)
        rs1_data_revised = i_forward_data1;
    else
        rs1_data_revised = i_rs1_data;
end 

always @(*) begin
    begin
        if(alupc)begin
            alu_out = i_pc + 4;
        end
        else begin
            alu_out = i_alu_out_forward;
        end
    end
end


wire rs_equal = (rs1_data_revised == rs2_data_revised);
always @(*) begin
    if((i_ID_EX_beq && rs_equal) || (i_ID_EX_bne && !rs_equal))
        o_jump_branch = 1;
    else 
        o_jump_branch = 0;
end
always @(*) begin
    o_jump_jalr = i_ID_EX_jalr;
end
wire [31:0] pc_jump_a = (i_ID_EX_jalr)? i_rs1_data : i_pc;
always @(*) begin
    o_pc_jump = pc_jump_a + i_imm;
end

reg [1:0] o_ctrl_mem_w;
reg [1:0] o_ctrl_wb_w;
reg [4:0] o_rd_addr_w;
reg [31:0] o_alu_out_w;
reg [31:0] o_rs2_data_w;
reg [31:0] o_inst_w;

always @(*) begin
    if (stall)begin
        o_ctrl_mem_w = o_ctrl_mem;
        o_ctrl_wb_w = o_ctrl_wb;
        o_rd_addr_w = o_rd_addr;
        o_alu_out_w = o_alu_out;
        o_rs2_data_w = o_rs2_data;
        o_inst_w = o_inst;
    end
    else begin
        o_ctrl_mem_w = i_ctrl_mem;
        o_ctrl_wb_w = i_ctrl_wb;
        o_rd_addr_w = i_rd_addr;
        o_alu_out_w = alu_out;
        o_rs2_data_w = rs2_data_revised;
        o_inst_w = i_inst;
    end
end

always @(posedge clk or negedge rst_n) begin
    if (!rst_n)begin
        o_ctrl_mem <= 0;
        o_ctrl_wb <= 0;
        o_rd_addr <= 0;
        o_alu_out <= 0;
        o_rs2_data <= 0;
        o_inst <= 0;
    end
    else begin
        o_ctrl_mem <= o_ctrl_mem_w;
        o_ctrl_wb <= o_ctrl_wb_w;
        o_rd_addr <= o_rd_addr_w;
        o_alu_out <= o_alu_out_w;
        o_rs2_data <= o_rs2_data_w;
        o_inst <= o_inst_w;
    end
    
end
    
endmodule

module MEM (
    clk,
    rst_n,
    //from EX
    i_ctrl_mem,
    i_ctrl_wb,
    i_rd_addr,
    i_alu_out,
    i_rs2_data,
    //to WB
    o_ctrl_wb,
    o_rd_addr,
    o_alu_out,
    o_DCACHE_rdata,
    //D cache
    o_DCACHE_wen,
    o_DCACHE_addr,
    o_DCACHE_wdata,
    i_DCACHE_rdata,
    o_DCACHE_ren,
    //stall
    stall,
    i_inst,
    o_inst
);
input clk,rst_n;
input [1:0] i_ctrl_mem;//{memread,memwrite}
input [1:0] i_ctrl_wb;
input [4:0] i_rd_addr;
input [31:0] i_alu_out;
input [31:0] i_rs2_data;
input stall;
input [31:0] i_inst;

output reg [1:0] o_ctrl_wb;
output reg [4:0] o_rd_addr;
output reg [31:0] o_alu_out;
output reg [31:0] o_inst;

output reg [31:0] o_DCACHE_rdata;
output o_DCACHE_wen,o_DCACHE_ren;
output [29:0] o_DCACHE_addr;
output [31:0] o_DCACHE_wdata;
input [31:0] i_DCACHE_rdata;

assign o_DCACHE_wen = i_ctrl_mem[0];
assign o_DCACHE_ren = i_ctrl_mem[1];
assign o_DCACHE_addr = i_alu_out[31:2];
assign o_DCACHE_wdata = {i_rs2_data[7:0],i_rs2_data[15:8],i_rs2_data[23:16],i_rs2_data[31:24]};

reg [1:0] o_ctrl_wb_w;
reg [4:0] o_rd_addr_w;
reg [31:0] o_alu_out_w;
reg [31:0] o_DCACHE_rdata_w;
reg [31:0] o_inst_w;

always @(*) begin
    if (stall)begin
        o_ctrl_wb_w = o_ctrl_wb;
        o_rd_addr_w = o_rd_addr;
        o_alu_out_w = o_alu_out;
        o_DCACHE_rdata_w = o_DCACHE_rdata;
        o_inst_w = o_inst;
    end
    else begin
        o_ctrl_wb_w = i_ctrl_wb;
        o_rd_addr_w = i_rd_addr;
        o_alu_out_w = i_alu_out;
        o_DCACHE_rdata_w = {i_DCACHE_rdata[7:0],i_DCACHE_rdata[15:8],i_DCACHE_rdata[23:16],i_DCACHE_rdata[31:24]};
        o_inst_w = i_inst;
    end
end

always @(posedge clk or negedge rst_n) begin
    if (!rst_n)begin
        o_ctrl_wb <= 0;
        o_rd_addr <= 0;
        o_alu_out <= 0;
        o_DCACHE_rdata <= 0;
        o_inst <= 0;
    end
    else begin
        o_ctrl_wb <= o_ctrl_wb_w;
        o_rd_addr <= o_rd_addr_w;
        o_alu_out <= o_alu_out_w;
        o_DCACHE_rdata <= o_DCACHE_rdata_w;
        o_inst <= o_inst_w;
    end
end
    
endmodule

module WB (
    clk,
    rst_n,
    //from MEM
    i_ctrl_wb, //{memtoreg,regwrite}
    i_rd_addr,
    i_alu_out,
    i_DCACHE_rdata,
    //to ID
    o_regwrite,
    o_rd_addr,
    o_rd_data,
    i_inst
);

input clk,rst_n;
input [1:0] i_ctrl_wb;
input [4:0] i_rd_addr;
input [31:0] i_alu_out;
input [31:0] i_DCACHE_rdata;
input [31:0] i_inst;

output o_regwrite;
output [4:0] o_rd_addr;
output [31:0] o_rd_data;

wire memtoreg = i_ctrl_wb[1];

assign o_regwrite = i_ctrl_wb[0];
assign o_rd_addr = i_rd_addr;
assign o_rd_data = (memtoreg)? i_DCACHE_rdata:i_alu_out;
    
endmodule



module reg_file(clk, rst_n, wen, a1, a2, aw, d, q1, q2);
   
    parameter BITS = 32;
    parameter word_depth = 32;
    parameter addr_width = 5; // 2^addr_width >= word_depth
    
    input clk, rst_n, wen; // wen: 0:read | 1:write
    input [BITS-1:0] d;
    input [addr_width-1:0] a1, a2, aw;

    output [BITS-1:0] q1, q2;

    reg [BITS-1:0] mem [0:word_depth-1];
    reg [BITS-1:0] mem_nxt [0:word_depth-1];

    integer i;

    assign q1 = mem[a1];
    assign q2 = mem[a2];

    always @(*) begin
        for (i=0; i<word_depth; i=i+1)
            mem_nxt[i] = (wen && (aw == i)) ? d : mem[i];
    end

    always @(posedge clk or negedge rst_n) begin
        if (!rst_n) begin
            mem[0] <= 0;
            for (i=1; i<word_depth; i=i+1) begin
                /*
                case(i)
                    32'd2: mem[i] <= 32'hbffffff0;
                    32'd3: mem[i] <= 32'h10008000;
                    default: mem[i] <= 32'h0;
                endcase
                */
                mem[i] <= 32'h0;
            end
        end
        else begin
            mem[0] <= 0;
            for (i=1; i<word_depth; i=i+1)
                mem[i] <= mem_nxt[i];
        end       
    end
endmodule

module ALU (
    in1,in2,out,ctrl
);
input [31:0] in1,in2;
output reg [31:0] out;
input [3:0] ctrl;

//ctrl param
localparam ALU_ADD = 4'b0000;
localparam ALU_SUB = 4'b0001;
localparam ALU_AND = 4'b0010;
localparam ALU_OR =  4'b0011;
localparam ALU_SLT = 4'b0100;
localparam ALU_XOR = 4'b0101;
localparam ALU_SLL = 4'b0110;
localparam ALU_SRA = 4'b0111;
localparam ALU_SRL = 4'b1000;
wire [31:0] sub = in1 - in2;

always @(*) begin
    case (ctrl)
        ALU_ADD: out = in1 + in2;
        ALU_SUB: out = sub;
        ALU_AND: out = in1 & in2;
        ALU_OR : out = in1 | in2;
        ALU_SLT: out = (sub[31]);
        ALU_XOR: out = in1 ^ in2;
        ALU_SLL: out = in1 << in2;
        ALU_SRA: out = $signed(in1) >>> in2;
        ALU_SRL: out = in1 >> in2; 
        default: out = in1 + in2; 
    endcase
end
    
endmodule

module ALU_simple (
    in1,in2,out,ctrl
);
input [31:0] in1,in2;
output reg [31:0] out;
input [3:0] ctrl;

//ctrl param
localparam ALU_ADD = 4'b0000;
localparam ALU_SUB = 4'b0001;
localparam ALU_SLT = 4'b0100;
reg [31:0] in2_modify;
wire [31:0] in2_neg = ~in2 + 1;
wire [31:0] sum = in1 + in2_modify;

always @(*) begin
    case (ctrl)
        ALU_ADD:begin
            in2_modify = in2;
            out = sum;
        end 
        ALU_SUB:begin
            in2_modify = in2_neg;
            out = sum;
        end 
        ALU_SLT:begin
            in2_modify = in2_neg;
            out = (sum[31]);
        end 
        default: begin
            in2_modify = in2;
            out = sum;
        end  
    endcase
end
    
endmodule

module ALU_fast (
    in1,in2,out,ctrl
);
input [31:0] in1,in2;
output reg [31:0] out;
input [3:0] ctrl;

//ctrl param
localparam ALU_ADD = 4'b0000;
localparam ALU_SUB = 4'b0001;
localparam ALU_AND = 4'b0010;
localparam ALU_OR =  4'b0011;
localparam ALU_SLT = 4'b0100;
localparam ALU_XOR = 4'b0101;
localparam ALU_SLL = 4'b0110;
localparam ALU_SRA = 4'b0111;
localparam ALU_SRL = 4'b1000;

always @(*) begin
    case (ctrl)
        ALU_AND: out = in1 & in2;
        ALU_OR : out = in1 | in2;
        ALU_XOR: out = in1 ^ in2;
        ALU_SLL: out = in1 << in2;
        ALU_SRA: out = $signed(in1) >>> in2;
        ALU_SRL: out = in1 >> in2; 
        default: out = in1 & in2; 
    endcase
end
    
endmodule

module IDForward (
    i_ID_EX_rd_addr,
    i_ID_EX_ctrl_wb,//{memtoreg,regwrite}
    i_EX_MEM_aluout,
    i_EX_MEM_rd_addr,
    i_MEM_WB_rd_addr,
    i_EX_MEM_ctrl_wb,
    i_MEM_WB_ctrl_wb,
    i_WB_rd_data,
    i_ID_rs1_addr,
    i_ID_rs2_addr,
    o_ID_forward_data, //use this data as rs1 if o_ID_forward = 1
    o_ID_forward,
    o_ID_forward_data2,
    o_ID_forward2,
    i_ID_jalr,
    i_ID_branch,
    o_ID_haz // do not happen in real life? (do not load an address then jalr to it normally) // need to repeat in IF.ID, and add bubble to EX 
);

input [31:0] i_WB_rd_data;
input [31:0] i_EX_MEM_aluout;
input [4:0] i_EX_MEM_rd_addr,i_MEM_WB_rd_addr,i_ID_EX_rd_addr;
input [1:0] i_ID_EX_ctrl_wb,i_EX_MEM_ctrl_wb,i_MEM_WB_ctrl_wb;
input [4:0] i_ID_rs1_addr,i_ID_rs2_addr;
output reg [31:0] o_ID_forward_data,o_ID_forward_data2;
output reg o_ID_forward,o_ID_forward2;
output o_ID_haz;
input i_ID_jalr;
input i_ID_branch;
reg haz1,haz2;
assign o_ID_haz = haz1 || haz2;
always @(*) begin
    o_ID_forward_data = 0;
    o_ID_forward = 0;
    haz1 = 0;
    if(i_ID_jalr || i_ID_branch)begin
        if(i_ID_rs1_addr) begin
            if(i_ID_EX_ctrl_wb[0] && (i_ID_EX_rd_addr == i_ID_rs1_addr))begin
                //$display("how come? jalr right after assign that reg");
                haz1 = 1;
            end
            else if (i_EX_MEM_ctrl_wb[0] && (i_EX_MEM_rd_addr == i_ID_rs1_addr))begin
                if(i_EX_MEM_ctrl_wb[1]) begin
                    //$display("how come? jalr to a load data");
                    haz1 = 1;
                end
                else begin
                    o_ID_forward = 1;
                    o_ID_forward_data = i_EX_MEM_aluout;
                end
            end
            else if (i_MEM_WB_ctrl_wb[0] && (i_MEM_WB_rd_addr == i_ID_rs1_addr))begin
                o_ID_forward = 1;
                o_ID_forward_data = i_WB_rd_data;
            end
        end
    end
end

always @(*) begin
    o_ID_forward_data2 = 0;
    o_ID_forward2 = 0;
    haz2 = 0;
    if(i_ID_branch)begin
        if(i_ID_rs2_addr) begin
            if(i_ID_EX_ctrl_wb[0] && (i_ID_EX_rd_addr == i_ID_rs2_addr))begin
                //$display("how come? jalr right after assign that reg");
                haz2 = 1;
            end
            else if (i_EX_MEM_ctrl_wb[0] && (i_EX_MEM_rd_addr == i_ID_rs2_addr))begin
                if(i_EX_MEM_ctrl_wb[1]) begin
                    //$display("how come? jalr to a load data");
                    haz2 = 1;
                end
                else begin
                    o_ID_forward2 = 1;
                    o_ID_forward_data2 = i_EX_MEM_aluout;
                end
            end
            else if (i_MEM_WB_ctrl_wb[0] && (i_MEM_WB_rd_addr == i_ID_rs2_addr))begin
                o_ID_forward2 = 1;
                o_ID_forward_data2 = i_WB_rd_data;
            end
        end
    end
end
    
endmodule

module EXForward (
    i_ID_EX_rs1_addr,
    i_ID_EX_rs2_addr,
    i_ID_EX_ctrl_wb,
    i_ID_jalr,
    i_ID_branch,
    i_ID_EX_rd_addr,
    i_IF_ID_rs1_addr,
    i_IF_ID_rs2_addr,
    i_EX_MEM_rd_addr,
    i_MEM_WB_rd_addr,
    i_EX_MEM_ctrl_wb,//{memtoreg,regwrite}
    i_MEM_WB_ctrl_wb,
    i_EX_MEM_aluout,
    i_WB_rd_data,
    o_EX_forward1,
    o_EX_forward2,
    o_EX_forward_data1,
    o_EX_forward_data2,
    o_EX_haz,
    i_dstall,
    i_ID_EX_rs1_data,
    i_ID_EX_rs2_data,
    i_ctrl,
    i_imm,
    o_alu_out
);

input [4:0] i_ID_EX_rs1_addr,i_ID_EX_rs2_addr;
input [4:0] i_IF_ID_rs1_addr,i_IF_ID_rs2_addr;
input [4:0] i_EX_MEM_rd_addr,i_MEM_WB_rd_addr;
input [1:0] i_EX_MEM_ctrl_wb,i_MEM_WB_ctrl_wb;
output reg o_EX_forward1,o_EX_forward2;
output reg [31:0] o_EX_forward_data1,o_EX_forward_data2;
output o_EX_haz;
input [31:0] i_EX_MEM_aluout;
input [31:0] i_WB_rd_data;
input i_ID_jalr,i_ID_branch;
input [4:0] i_ID_EX_rd_addr;
input [1:0] i_ID_EX_ctrl_wb;
input i_dstall;
input [31:0] i_ID_EX_rs1_data,i_ID_EX_rs2_data;
input [5:0] i_ctrl;
input [31:0] i_imm;
output reg [31:0] o_alu_out;

wire alusrc = i_ctrl[0];
wire alupc = i_ctrl[5];
wire [3:0] aluctrl = i_ctrl[4:1];

reg haz1,haz2;
wire [31:0] rs2_modify;
wire [31:0] alu_in2;

wire [31:0] rs1_exmem_out,rs1_memwb_out,exmem_rs2_out,memwb_rs2_out,memwb_exmem_out,exmem_memwb_out,rs1_rs2_out;
reg [31:0] rs1_data_revised,rs2_data_revised;
wire [31:0] rs1_rs2_out_revised;
reg rs1_mem,rs2_mem,rs1_wb,rs2_wb;

ALU_fast   rs1_rs2_revised    (.in1(rs1_data_revised),.in2(alu_in2),     .out(rs1_rs2_out_revised),    .ctrl(aluctrl));
ALU_simple rs1_rs2     (.in1(i_ID_EX_rs1_data),.in2(rs2_modify),     .out(rs1_rs2_out),    .ctrl(aluctrl));
ALU_simple rs1_exmem   (.in1(i_ID_EX_rs1_data),.in2(i_EX_MEM_aluout),.out(rs1_exmem_out),  .ctrl(aluctrl));
ALU_simple rs1_memwb   (.in1(i_ID_EX_rs1_data),.in2(i_WB_rd_data),   .out(rs1_memwb_out),  .ctrl(aluctrl));
ALU_simple exmem_rs2   (.in1(i_EX_MEM_aluout),.in2(rs2_modify),      .out(exmem_rs2_out),  .ctrl(aluctrl));
ALU_simple memwb_rs2   (.in1(i_WB_rd_data),   .in2(rs2_modify),      .out(memwb_rs2_out),  .ctrl(aluctrl));
ALU_simple memwb_exmem (.in1(i_WB_rd_data),   .in2(i_EX_MEM_aluout), .out(memwb_exmem_out),.ctrl(aluctrl));
ALU_simple exmem_memwb (.in1(i_EX_MEM_aluout),.in2(i_WB_rd_data),    .out(exmem_memwb_out),.ctrl(aluctrl));
assign o_EX_haz = haz1 || haz2;
assign alu_in2 = (alusrc)? i_imm : rs2_data_revised;
assign rs2_modify = (alusrc)? i_imm : i_ID_EX_rs2_data;

localparam ALU_ADD = 4'b0000;
localparam ALU_SUB = 4'b0001;
localparam ALU_SLT = 4'b0100;

always @(*) begin
    if ((aluctrl == ALU_ADD) || (aluctrl == ALU_SUB) || (aluctrl == ALU_SLT))begin
        if (alusrc)begin
            if(rs1_mem)begin
                o_alu_out = exmem_rs2_out;
            end
            else if (rs1_wb)begin
                o_alu_out = memwb_rs2_out;
            end
            else begin
                o_alu_out = rs1_rs2_out;
            end
        end
        else begin
            case ({rs1_mem,rs2_mem,rs1_wb,rs2_wb})
                4'b0000:begin
                    o_alu_out = rs1_rs2_out;
                end 
                4'b0100:begin
                    o_alu_out = rs1_exmem_out;
                end
                4'b1000:begin
                    o_alu_out = exmem_rs2_out;
                end
                4'b0010:begin
                    o_alu_out = memwb_rs2_out;
                end
                4'b0001:begin
                    o_alu_out = rs1_memwb_out;
                end
                4'b1001:begin
                    o_alu_out = exmem_memwb_out;
                end
                4'b0110:begin
                    o_alu_out = memwb_exmem_out;
                end
                default: o_alu_out = rs1_rs2_out;
            endcase
        end
    end
    else begin
        o_alu_out = rs1_rs2_out_revised;
    end
end


always @(*) begin
    o_EX_forward1 = 0;
    rs1_mem = 0;
    rs1_wb = 0;
    rs1_data_revised = i_ID_EX_rs1_data;
    o_EX_forward_data1 = 0; //default value, not used 
    if (i_ID_EX_rs1_addr) begin // not x0
        if((i_ID_EX_rs1_addr == i_EX_MEM_rd_addr) && i_EX_MEM_ctrl_wb[0])begin
            o_EX_forward1 = 1;
            o_EX_forward_data1 = i_EX_MEM_aluout;
            rs1_data_revised = i_EX_MEM_aluout;
            rs1_mem = 1;
        end
        else if ((i_ID_EX_rs1_addr == i_MEM_WB_rd_addr) && i_MEM_WB_ctrl_wb[0])begin
            o_EX_forward1 = 1;
            o_EX_forward_data1 = i_WB_rd_data;
            rs1_data_revised = i_WB_rd_data;
            rs1_wb = 1;
        end
    end
end

always @(*) begin
    o_EX_forward2 = 0;
    o_EX_forward_data2 = i_EX_MEM_aluout;
    rs2_data_revised = i_ID_EX_rs2_data;
    rs2_mem = 0;
    rs2_wb = 0;
    if (i_ID_EX_rs2_addr) begin
        if((i_ID_EX_rs2_addr == i_EX_MEM_rd_addr) && i_EX_MEM_ctrl_wb[0])begin
            o_EX_forward2 = 1;
            o_EX_forward_data2 = i_EX_MEM_aluout;
            rs2_data_revised = i_EX_MEM_aluout;
            rs2_mem = 1;
        end
        else if ((i_ID_EX_rs2_addr == i_MEM_WB_rd_addr) && i_MEM_WB_ctrl_wb[0])begin
            o_EX_forward2 = 1;
            o_EX_forward_data2 = i_WB_rd_data;
            rs2_data_revised = i_WB_rd_data;
            rs2_wb = 1;
        end
    end
end

always @(*) begin
    haz1 = 0;
    haz2 = 0;
    if(i_IF_ID_rs1_addr)begin
        if((i_IF_ID_rs1_addr == i_ID_EX_rd_addr) && i_ID_EX_ctrl_wb[1] && !i_ID_jalr && !i_ID_branch)begin
            haz1 = 1;
        end
        else if ((i_IF_ID_rs1_addr == i_EX_MEM_rd_addr) && i_dstall) begin
            haz1 = 1;
        end
    end
    if(i_IF_ID_rs2_addr)begin
        if((i_IF_ID_rs2_addr == i_ID_EX_rd_addr) && i_ID_EX_ctrl_wb[1] && !i_ID_jalr && !i_ID_branch)begin
            haz2 = 1;
        end
        else if ((i_IF_ID_rs2_addr == i_EX_MEM_rd_addr) && i_dstall) begin
            haz2 = 1;
        end
    end
end
    
endmodule

module BranchPredict (
    i_ID_EX_branch,
    i_EX_jump,
    o_branch_stall
);
input i_ID_EX_branch,i_EX_jump;
output o_branch_stall;

assign o_branch_stall = i_ID_EX_branch && i_EX_jump;
    
endmodule